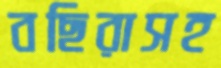
বছিরাসহ